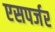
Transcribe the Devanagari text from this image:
एसपर्जर